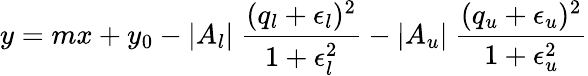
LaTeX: y=mx+y_{0}-|A_{l}|\ \frac{(q_{l}+\epsilon_{l})^{2}}{1+\epsilon_{l}^{2}}-|A_{u}|\ \frac{(q_{u}+\epsilon_{u})^{2}}{1+\epsilon_{u}^{2}}